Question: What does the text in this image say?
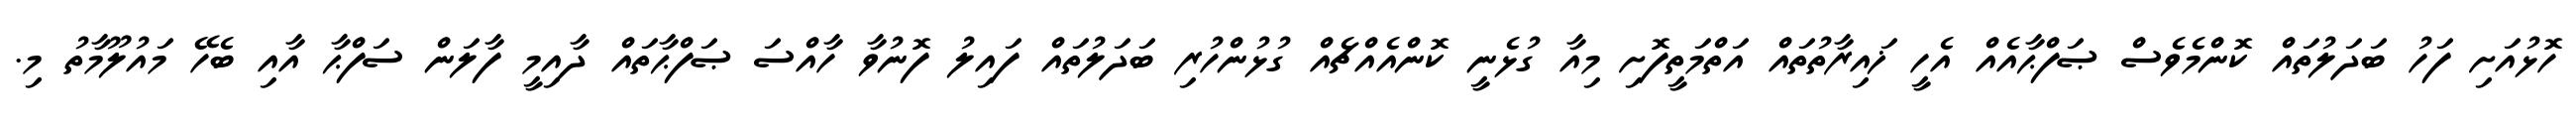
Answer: ހޮޅުއަށި ފަހު ބަދަލުތައް ކޮންމެވެސް ޞަފްޙާއެއް އެހީ ޚައިރާތުތައް އަތްމަތީފޮށި މިއާ ގުޅެނީ ކޮންއެއްޗެއް ގުޅުންހުރި ބަދަލުތައް ފައިލު ފޮނުވާ ހާއްސަ ޞަފްޙާތައް ދާއިމީ ފާލަން ސަފްޙާ އާއި ބެހޭ މައުލޫމާތު މި.